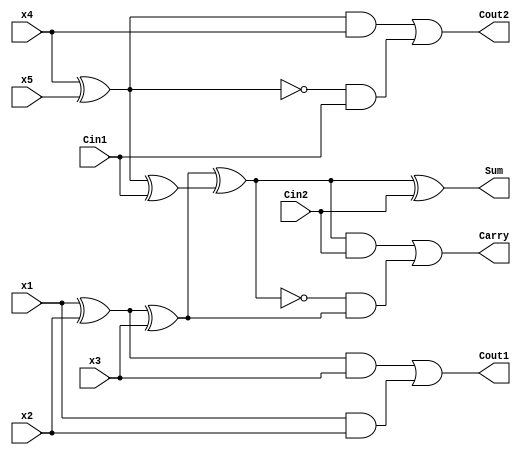
`timescale 1ns/1ns
module compressor5to1(x1,x2,x3,x4,x5,Cin1,Cin2,Sum,Carry,Cout1,Cout2);
  
  input x1,x2,x3,x4,x5,Cin1,Cin2;
  output Sum,Cout1,Cout2,Carry;
  
  wire w1,w2,w3;
  
  assign Cout1=((x1^x2)& x3)|(x1 & x2);
  assign Cout2=((x4^x5)& x4)|((~(x4^x5))& Cin1);
  assign   Sum=(x1^x2^x3)^(x4^x5^Cin1)^Cin2;
  assign Carry=(((x1^x2^x3)^(x4^x5^Cin1))& Cin2)|(~((x1^x2^x3)^(x4^x5^Cin1))&(x1^x2^x3));
  
endmodule